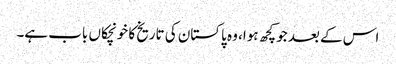
اس کے بعد جو کچھ ہوا، وہ پاکستان کی تاریخ کا خونچکاں باب ہے۔